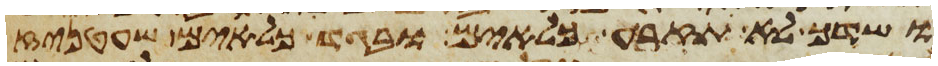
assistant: ושדך לא תזרע כלאים ובגד כלאים שעטניז